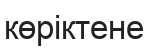
көріктене